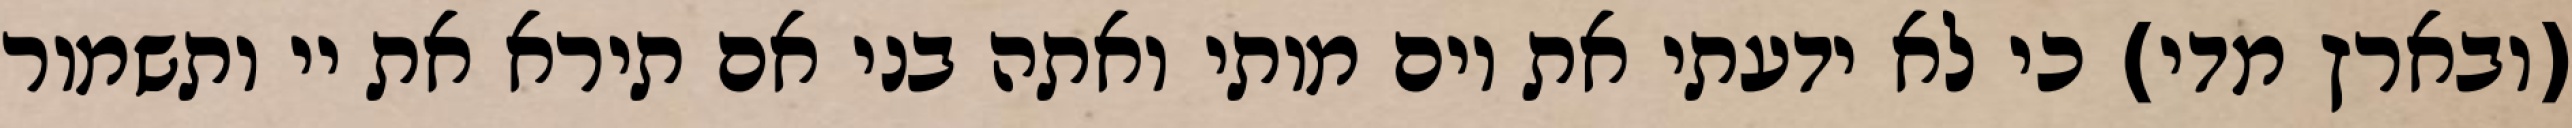
(ובארץ מדי) כי לא ידעתי את יום מותי ואתה בני אם תירא את יי ותשמור